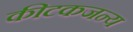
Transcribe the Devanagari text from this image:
कीटकजन्य